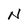
Character: N